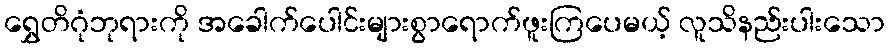
ရွှေတိဂုံဘုရားကို အခေါက်ပေါင်းများစွာရောက်ဖူးကြပေမယ့် လူသိနည်းပါးသော